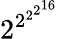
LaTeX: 2^{2^{2^{2^{16}}}}